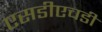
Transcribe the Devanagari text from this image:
एसडीएचडी